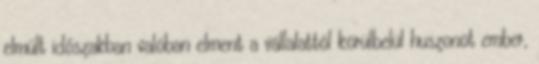
elmúlt időszakban valóban elment a vállalattól körülbelül huszonöt ember,